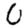
Digit: 0